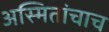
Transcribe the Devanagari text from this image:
अस्मितांचाच